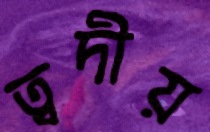
ত্বদীয়